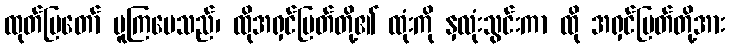
ထုတ်ပြတော် မူကြပေသည်၊ ထိုအရှင်မြတ်တို့၏ ထုံးကို နှလုံးသွင်းကာ ထို အရှင်မြတ်တို့အား